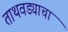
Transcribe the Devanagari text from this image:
ताथवड्याचा